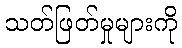
သတ်ဖြတ်မှုများကို